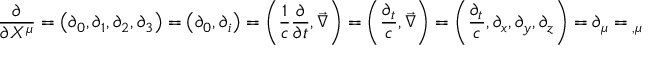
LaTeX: { \frac { \partial } { \partial X ^ { \mu } } } = \left( \partial _ { 0 } , \partial _ { 1 } , \partial _ { 2 } , \partial _ { 3 } \right) = \left( \partial _ { 0 } , \partial _ { i } \right) = \left( { \frac { 1 } { c } } { \frac { \partial } { \partial t } } , { \vec { \nabla } } \right) = \left( { \frac { \partial _ { t } } { c } } , { \vec { \nabla } } \right) = \left( { \frac { \partial _ { t } } { c } } , \partial _ { x } , \partial _ { y } , \partial _ { z } \right) = \partial _ { \mu } = { } _ { , \mu }